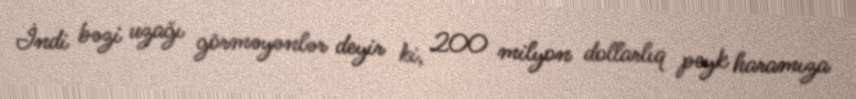
İndi bəzi uzağı görməyənlər deyir ki, 200 milyon dollarlıq peyk haramıza